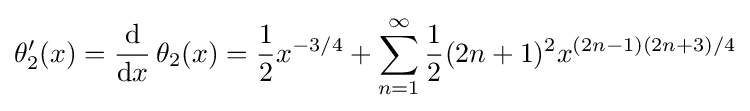
\theta _{2}'(x)={\frac {\mathrm {d} }{\mathrm {d} x}}\,\theta _{2}(x)={\frac {1}{2}}x^{-3/4}+\sum _{n=1}^{\infty }{\frac {1}{2}}(2n+1)^{2}x^{(2n-1)(2n+3)/4}